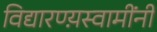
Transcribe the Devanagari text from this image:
विद्यारण्य़स्वामींनी